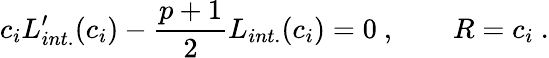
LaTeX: c_{i}L_{int.}^{\prime}(c_{i})-{\frac{p+1}{2}}L_{int.}(c_{i})=0\ ,\qquad R=c_{i}\ .